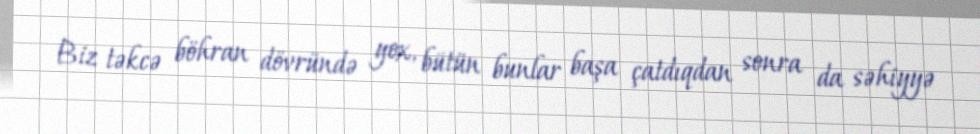
Biz təkcə böhran dövründə yox, bütün bunlar başa çatdıqdan sonra da səhiyyə